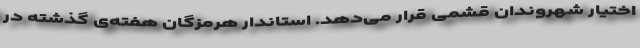
اختیار شهروندان قشمی قرار می‌دهد. استاندار هرمزگان هفته‌ی گذشته در